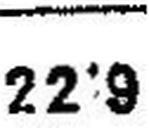
22°9